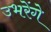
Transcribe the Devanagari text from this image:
उभरेंगे